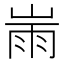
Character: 𡸹